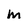
Character: M